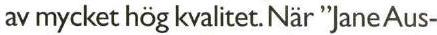
av mycket hög kvalitet. När "JaneAus-